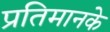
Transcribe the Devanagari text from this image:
प्रतिमानके